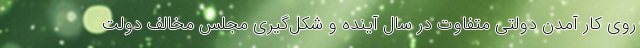
روی کار آمدن دولتی متفاوت در سال آینده و شکل‌گیری مجلس مخالف دولت